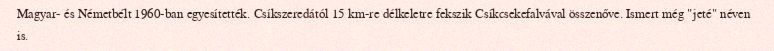
Magyar- és Németbélt 1960-ban egyesítették. Csíkszeredától 15 km-re délkeletre fekszik Csíkcsekefalvával összenőve. Ismert még "jeté" néven is.